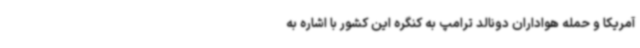
آمریکا و حمله هواداران دونالد ترامپ به کنگره این کشور با اشاره به